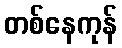
တစ်နေကုန်